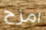
امزح